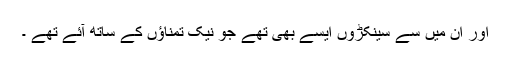
اور ان میں سے سینکڑوں ایسے بھی تھے جو نیک تمناؤں کے ساتھ آئے تھے ۔